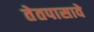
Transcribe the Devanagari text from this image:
तेतपासावे